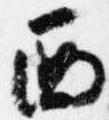
西